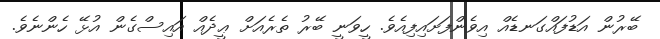
ބޭރުން އަޑުފައްގަނޑެއް އިވެންފަށައިފިއެވެ. ހީވަނީ ބޭރު ތެރެއަށް ޢީދެއް އައިސްގެން އުޅޭ ހެންނެވެ.